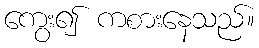
ကွေး၍ ကစားနေသည်။